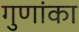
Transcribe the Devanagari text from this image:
गुणांका